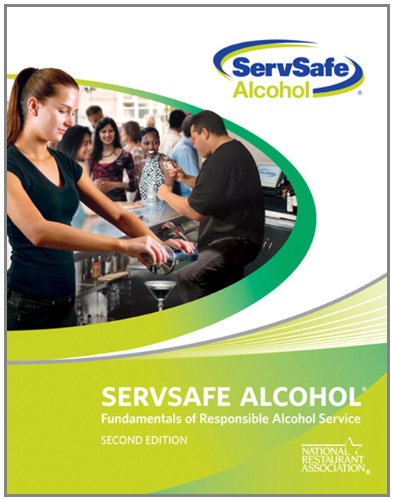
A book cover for ServSafe Alcohol: Fundamentals of Responsible Alcohol Service with Answer Sheet (2nd Edition); National Restaurant Association; Business & Money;